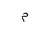
Letter: _mim